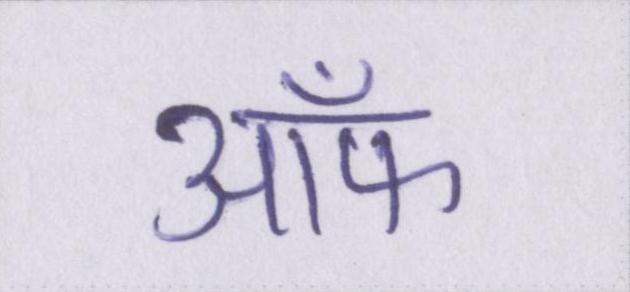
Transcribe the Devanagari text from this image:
ऑफ